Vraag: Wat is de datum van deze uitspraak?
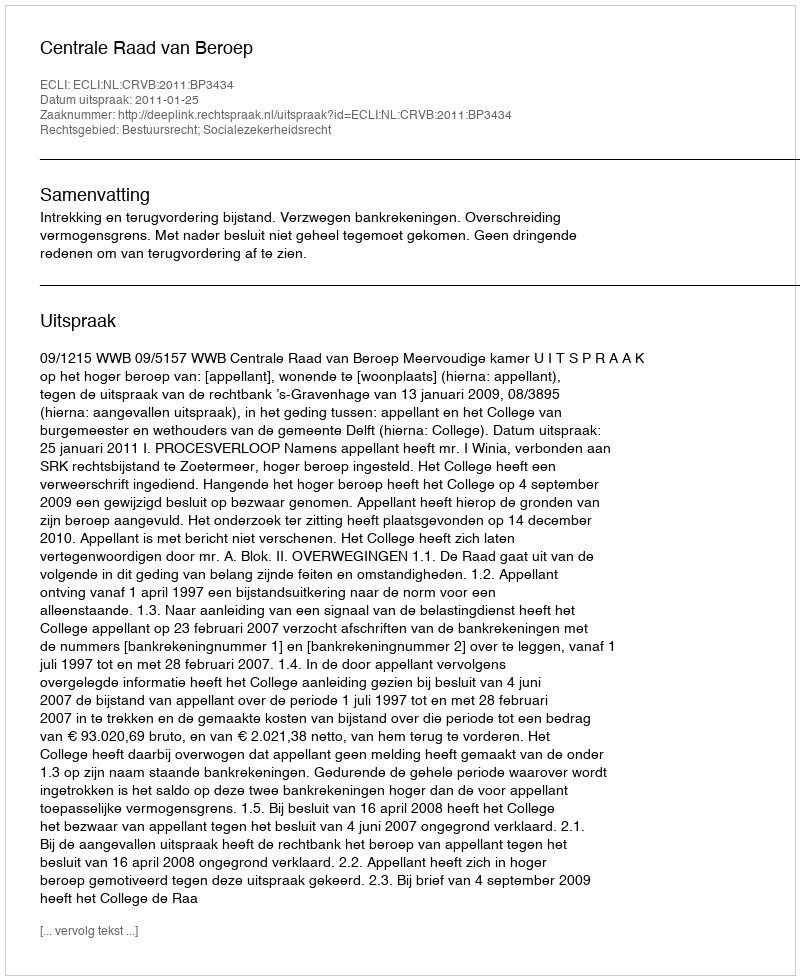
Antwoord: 2011-01-25